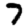
Digit: 7